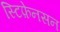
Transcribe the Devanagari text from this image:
स्टिफ़ेनसन